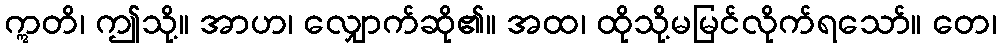
ဣတိ၊ ဤသို့။ အာဟ၊ လျှောက်ဆို၏။ အထ၊ ထိုသို့မမြင်လိုက်ရသော်။ တေ၊